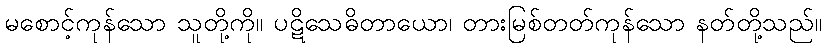
မစောင့်ကုန်သော သူတို့ကို။ ပဋိသေဓိတာယော၊ တားမြစ်တတ်ကုန်သော နတ်တို့သည်။